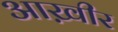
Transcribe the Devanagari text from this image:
आख़ीर